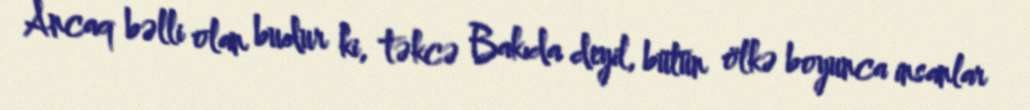
Ancaq bəlli olan budur ki, təkcə Bakıda deyil, bütün ölkə boyunca insanlar